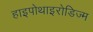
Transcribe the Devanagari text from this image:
हाइपोथाइरोडिज्म